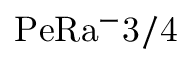
\mathrm { P e R a ^ { - } { 3 / 4 } }